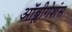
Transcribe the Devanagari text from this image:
ऑब्लीगेशंस